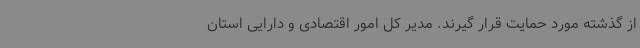
از گذشته مورد حمایت قرار گیرند. مدیر کل امور اقتصادی و دارایی استان